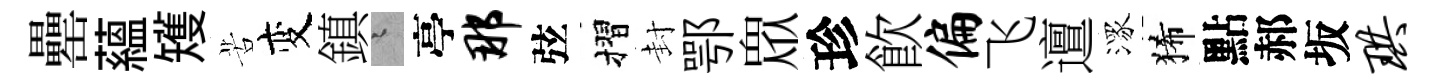
罍藴矱苦变鎮迢亭那弦摺封鄂衆珍飮偏飞邅潈狶點郝坂珙